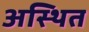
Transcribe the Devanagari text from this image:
अस्थित